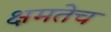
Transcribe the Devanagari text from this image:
क्षमतेच